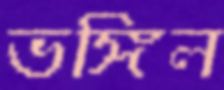
ভঙ্গিল